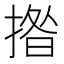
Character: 揝